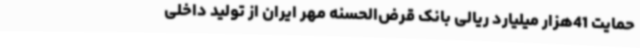
حمایت 41هزار میلیارد ریالی بانک قرض‌الحسنه مهر ایران از تولید داخلی